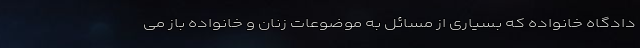
دادگاه خانواده که بسیاری از مسائل به موضوعات زنان و خانواده باز می